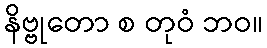
နိဗ္ဗုတော စ တုဝံ ဘဝ။